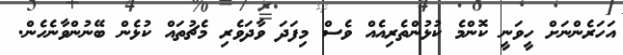
އަހަރެންނަށް ހީވަނީ ކޮންމެ ކުޅުންތެރިއެއް ވެސް މިފަދަ ވާދަވެރި މެޗުތައް ކުޅެން ބޭނުންވާނެހެން.